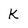
Character: K